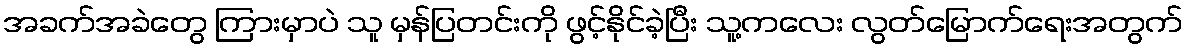
အခက်အခဲတွေ ကြားမှာပဲ သူ မှန်ပြတင်းကို ဖွင့်နိုင်ခဲ့ပြီး သူ့ကလေး လွတ်မြောက်ရေးအတွက်